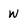
Character: W